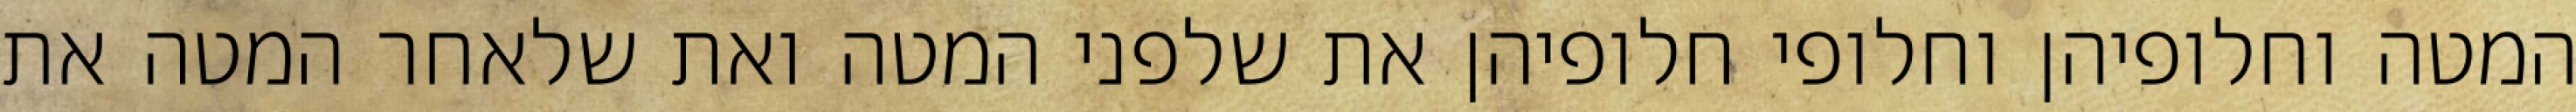
המטה וחלופיהן וחלופי חלופיהן את שלפני המטה ואת שלאחר המטה את